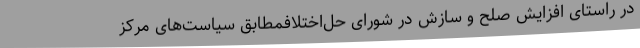
در راستای افزایش صلح و سازش در شورای حل‌اختلافمطابق سیاست‌های مرکز